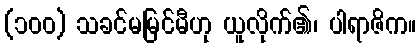
(၁၀၀) သခင်မမြင်မီဟု ယူလိုက်၏၊ ပါရာဇိက။